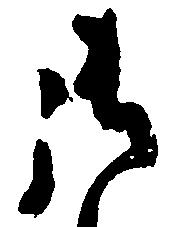
御